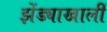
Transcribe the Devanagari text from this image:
झेंड्याखालीं